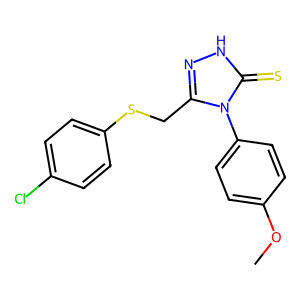
SMILES: COc1ccc(-n2c(CSc3ccc(Cl)cc3)n[nH]c2=S)cc1
Inhibits HIV replication: No